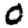
Digit: 0